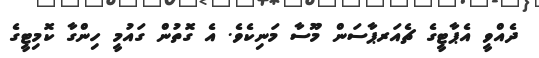
ދެއްވީ އެޕާޓީގެ ޗެއަރޕާސަން މޫސާ މަނިކެވެ. އެ ގޮތުން ގައުމީ ހިންގާ ކޮމިޓީގެ